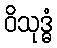
ဝိသုဒ္ဓံ